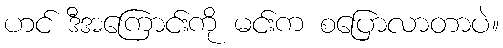
ဟင် ဒီအကြောင်းကို မင်းက စပြောလာတာပဲ။